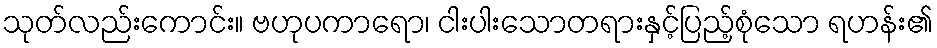
သုတ်လည်းကောင်း။ ဗဟုပကာရော၊ ငါးပါးသောတရားနှင့်ပြည့်စုံသော ရဟန်း၏